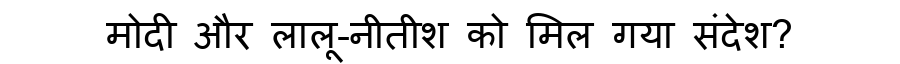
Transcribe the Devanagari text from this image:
मोदी और लालू-नीतीश को मिल गया संदेश?